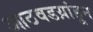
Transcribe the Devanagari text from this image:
आठवडय़ांहून